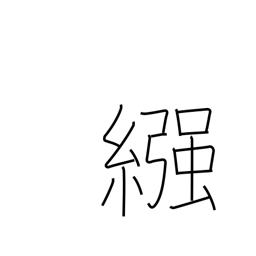
Meaning: nappy